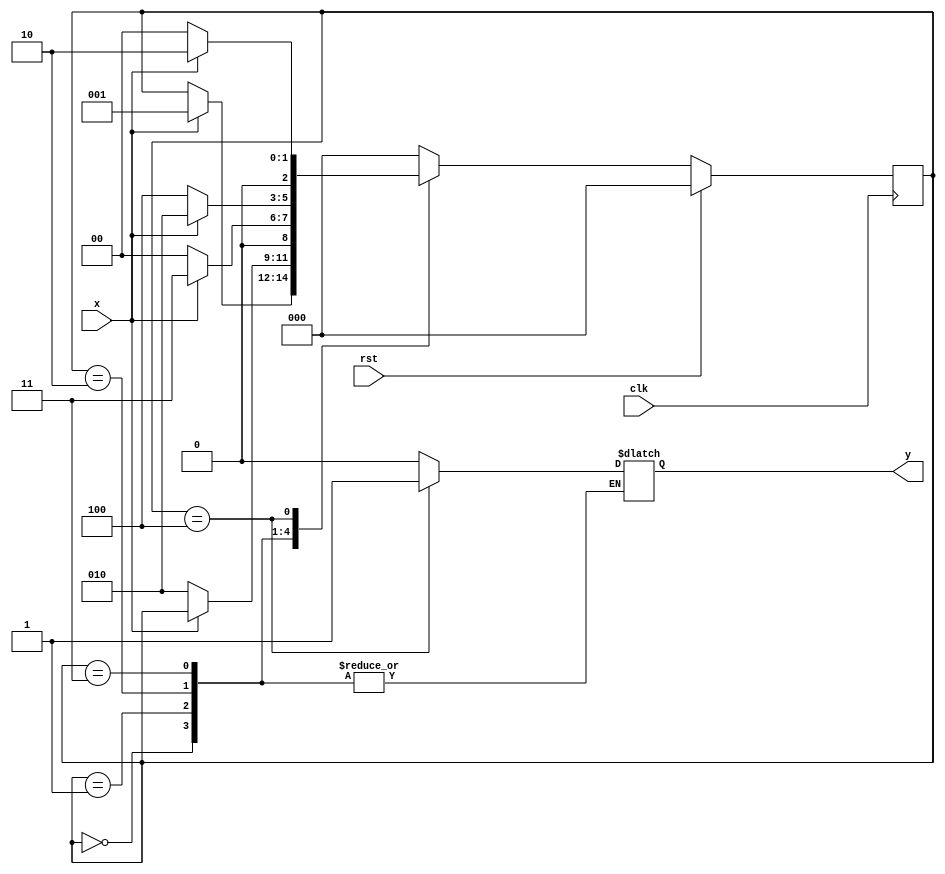
`timescale 1ns / 1ps
module moore_1010(clk,rst,x,y);
input clk,rst,x;
output reg y;
parameter a=3'd0,b=3'd1,c=3'd2,d=3'd3,e=3'd4;
reg[2:0] presentstate,nextstate;

always@(posedge clk)
begin
	if(rst)
	presentstate<=a;
	else
	presentstate<=nextstate;
end

always@(*)
begin
	
	case(presentstate)
	a:begin
			if(x==1'b1)
			nextstate=b;
			else 
			nextstate=presentstate;
			end
	b:begin
			if(x==1'b0)
			nextstate=c;
			else
			nextstate=presentstate;
			end
	c:begin
			if(x==1'b1)
			nextstate=d;
			else
			nextstate=a;
			end
	d:begin
			if(x==1'b0)
			nextstate=e;
			else
			nextstate=c;
			end
	e:begin
			y=1'b1;
			if(x==1'b0)
			nextstate=a;
			else
			nextstate=c;
			end
			default:begin
			nextstate=a;
			y=1'b0;
			end
			endcase
			end
	

endmodule